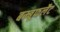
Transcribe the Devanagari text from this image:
बम्बूफलैट